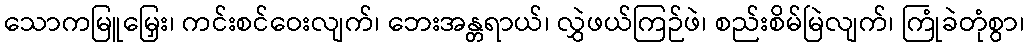
သောကမြူမြှေး၊ ကင်းစင်ဝေးလျက်၊ ဘေးအန္တရာယ်၊ လွှဲဖယ်ကြဉ်ဖဲ၊ စည်းစိမ်မြဲလျက်၊ ကြုံခဲတုံစွာ၊